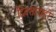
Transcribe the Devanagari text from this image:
दिवसांनाही